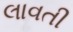
લાવતી